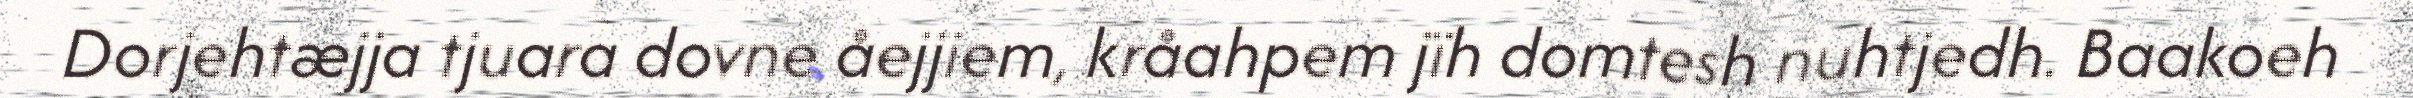
Dorjehtæjja tjuara dovne åejjiem, kråahpem jïh domtesh nuhtjedh. Baakoeh